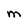
Character: M